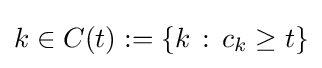
k\in C(t):=\{k\,:\,c_{k}\geq t\}